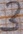
Text: 3